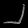
Digit: ၂